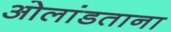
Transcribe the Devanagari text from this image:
ओलांडताना